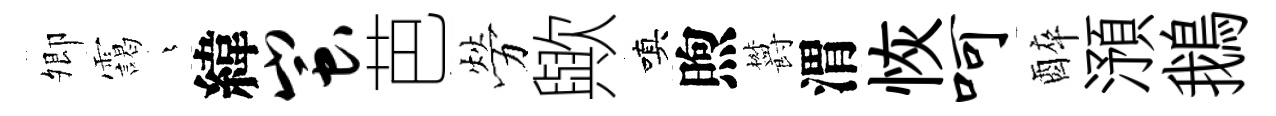
𡖖靄燁緯蚩芭勞歟嗔煦欝渭恢呵醉澦鵝